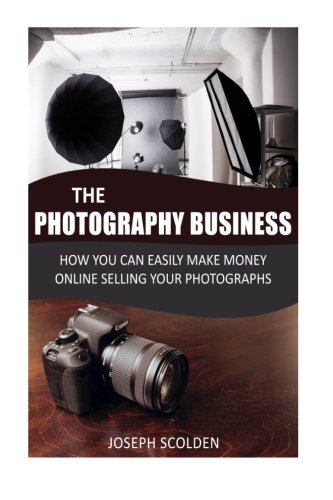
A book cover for Photography Business: How You Can Easily Make Money Online Selling Your Photographs; Joseph Scolden; Arts & Photography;